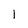
Character: 1